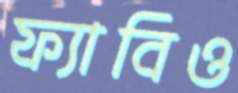
ফ্যাবিও